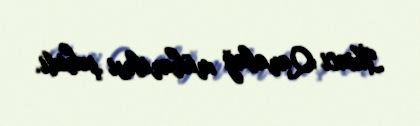
İkinci Qarabağ müharibəsi şəhidi.